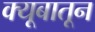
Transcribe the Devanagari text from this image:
क्यूबातून